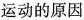
运动的原因